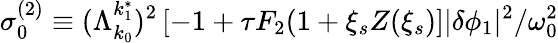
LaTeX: \sigma_{0}^{(2)}\equiv(\Lambda_{k_{0}}^{k_{1}^{*}})^{2}\left[-1+\tau F_{2}(1+\xi_{s}Z(\xi_{s})\right]\lvert\delta\phi_{1}\rvert^{2}/\omega_{0}^{2}